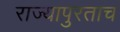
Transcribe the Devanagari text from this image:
राज्यापुरताच